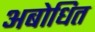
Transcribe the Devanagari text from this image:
अबोधित